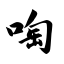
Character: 啕